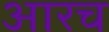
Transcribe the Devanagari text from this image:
आरच